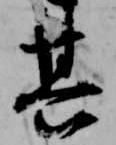
其